Report of the veterinary officer investigating camel disease
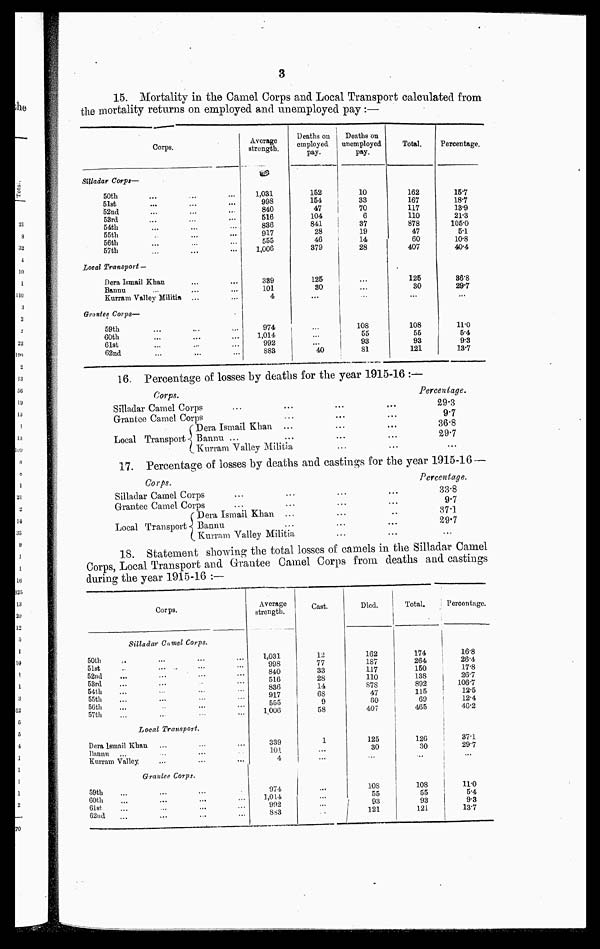
3
15 Mortality in the Camel Corps and Local Transport calculated from
the mortality returns on employed and unemployed pay:—
Corps.
Silladar Corps:—
50th
51st
52nd
53rd
54th
55th
56th
57th
Local Transport —
Dera Ismail Khan
Bannu
Kurram Valley Militia ...
Grantee Corps—
59th
60th
61st
62nd
Average
strength.
1,031
998
840
516
836
917
555
1,006
339
101
4
974,
1,014
992
883
Deaths on
employed
pay.
152
154
47
104
841
28
46
379
125
80
...
...
...
...
40
Deaths on
unemployed
10
33
70
6
37
19
14
28
...
...
...
108
55
93
81
Total.
162
167
117
110
878
47
60
407
125
30
...
108
55
93
121
Percentage.
15.7
18.7
13.9
21.3
105.0
5.1
10.8
40.4
36.8
29.7
...
11.0
5.4
9.3
13.7
Corps.
Silladar Camel Corps
Grantee Camel Corps
Local Transport
Dera Ismail Khan ...
Bannu ...
Kurram Valley Militia
Percentage.
29.3
9.7
36.8
29.7
...
17. Percentage of losses by deaths and castings for the year 1915-16 —
Corps.
Silladar Camel Corps
Grantee Camel Corps
Local Transport
Dera Ismail Khan ...
Bannu
Kurram Valley Militia
Percentage.
33.8
9.7
37.1
29.7
18. Statement showing the total losses of camels in the Silladar Camel
Corps, Local Transport and Grantee Camel Corps from deaths and castings
during the year 1915-16 :—
Corps.
Silladar Camel Corps.
50th
51st
...
52nd
53rd
54th
55th
56th
67th
Local Transport.
Dora lsmail Khan
Rannu
Kurram Valley.
Grantee Corps.
59th
60th
6lst.
62nd
Average
strength.
1,031
998
840
516
836
917
555
1,006
339
101
4
974
1,014
902
883
Cast.
12
77
33
28
14
68
9
58
1
...
...
...
...
...
...
Died.
162
187
117
110
878
47
60
407
125
30
...
108
55
93
121
Total.
174
264
150
138
892
115
69
465
126
30
...
108
55
93
121
Percentage.
16.8
26.4
17.8
26.7
106.7
12.5
12.4
46.2
37.1
29.7
...
11.0
5.4
9.3
137